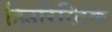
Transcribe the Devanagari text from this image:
हिउरिस्टिक